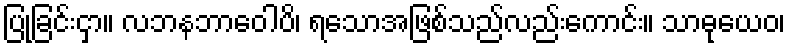
ပြုခြင်းငှာ။ လဘနဘာဝေါပိ၊ ရသောအဖြစ်သည်လည်းကောင်း။ သာဓုယေဝ၊